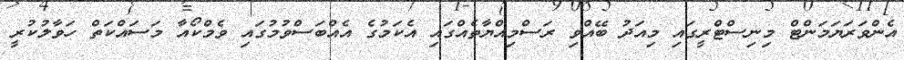
އެންވަރަޔަމަންޓް މިނިސްޓްރީގައި މިއަދު ބޭއްވި ރަސްމިއްޔާތެއްގައި އެކަމުގެ އެއްބަސްވުމުގައި ވެމްކޯއާ މަސައްކަތް ހަވާލުކުރީ